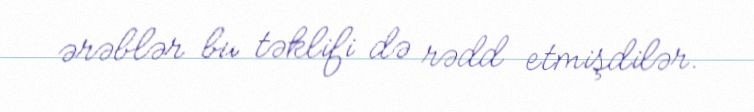
ərəblər bu təklifi də rədd etmişdilər.